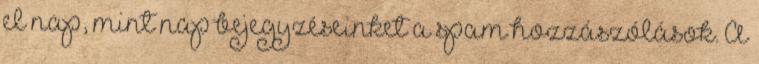
el nap, mint nap bejegyzéseinket a spam hozzászólások. A